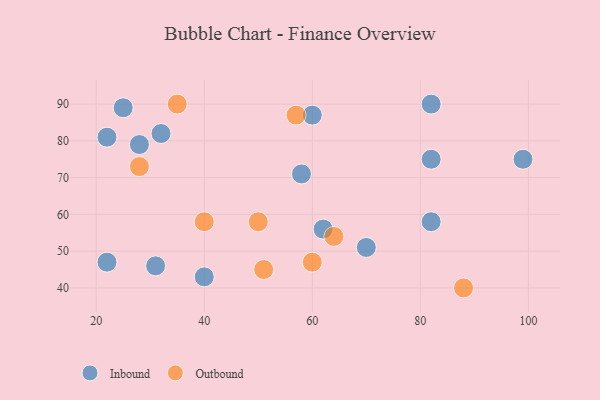
{"axis": {"x": "GDP", "y": "Life Expectancy"}, "legend": ["Inbound", "Outbound"], "data": [{"x": "28", "y": 79, "type": "Inbound"}, {"x": "99", "y": 75, "type": "Inbound"}, {"x": "25", "y": 89, "type": "Inbound"}, {"x": "40", "y": 43, "type": "Inbound"}, {"x": "32", "y": 82, "type": "Inbound"}, {"x": "62", "y": 56, "type": "Inbound"}, {"x": "82", "y": 58, "type": "Inbound"}, {"x": "82", "y": 90, "type": "Inbound"}, {"x": "22", "y": 81, "type": "Inbound"}, {"x": "58", "y": 71, "type": "Inbound"}, {"x": "31", "y": 46, "type": "Inbound"}, {"x": "82", "y": 75, "type": "Inbound"}, {"x": "22", "y": 47, "type": "Inbound"}, {"x": "70", "y": 51, "type": "Inbound"}, {"x": "60", "y": 87, "type": "Inbound"}, {"x": "40", "y": 58, "type": "Outbound"}, {"x": "28", "y": 73, "type": "Outbound"}, {"x": "35", "y": 90, "type": "Outbound"}, {"x": "50", "y": 58, "type": "Outbound"}, {"x": "51", "y": 45, "type": "Outbound"}, {"x": "60", "y": 47, "type": "Outbound"}, {"x": "57", "y": 87, "type": "Outbound"}, {"x": "64", "y": 54, "type": "Outbound"}, {"x": "88", "y": 40, "type": "Outbound"}]}